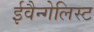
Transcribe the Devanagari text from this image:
ईवैन्गेलिस्ट